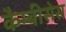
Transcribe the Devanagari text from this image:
कैम्बीसेस